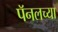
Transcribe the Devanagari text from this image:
पॅनलच्या